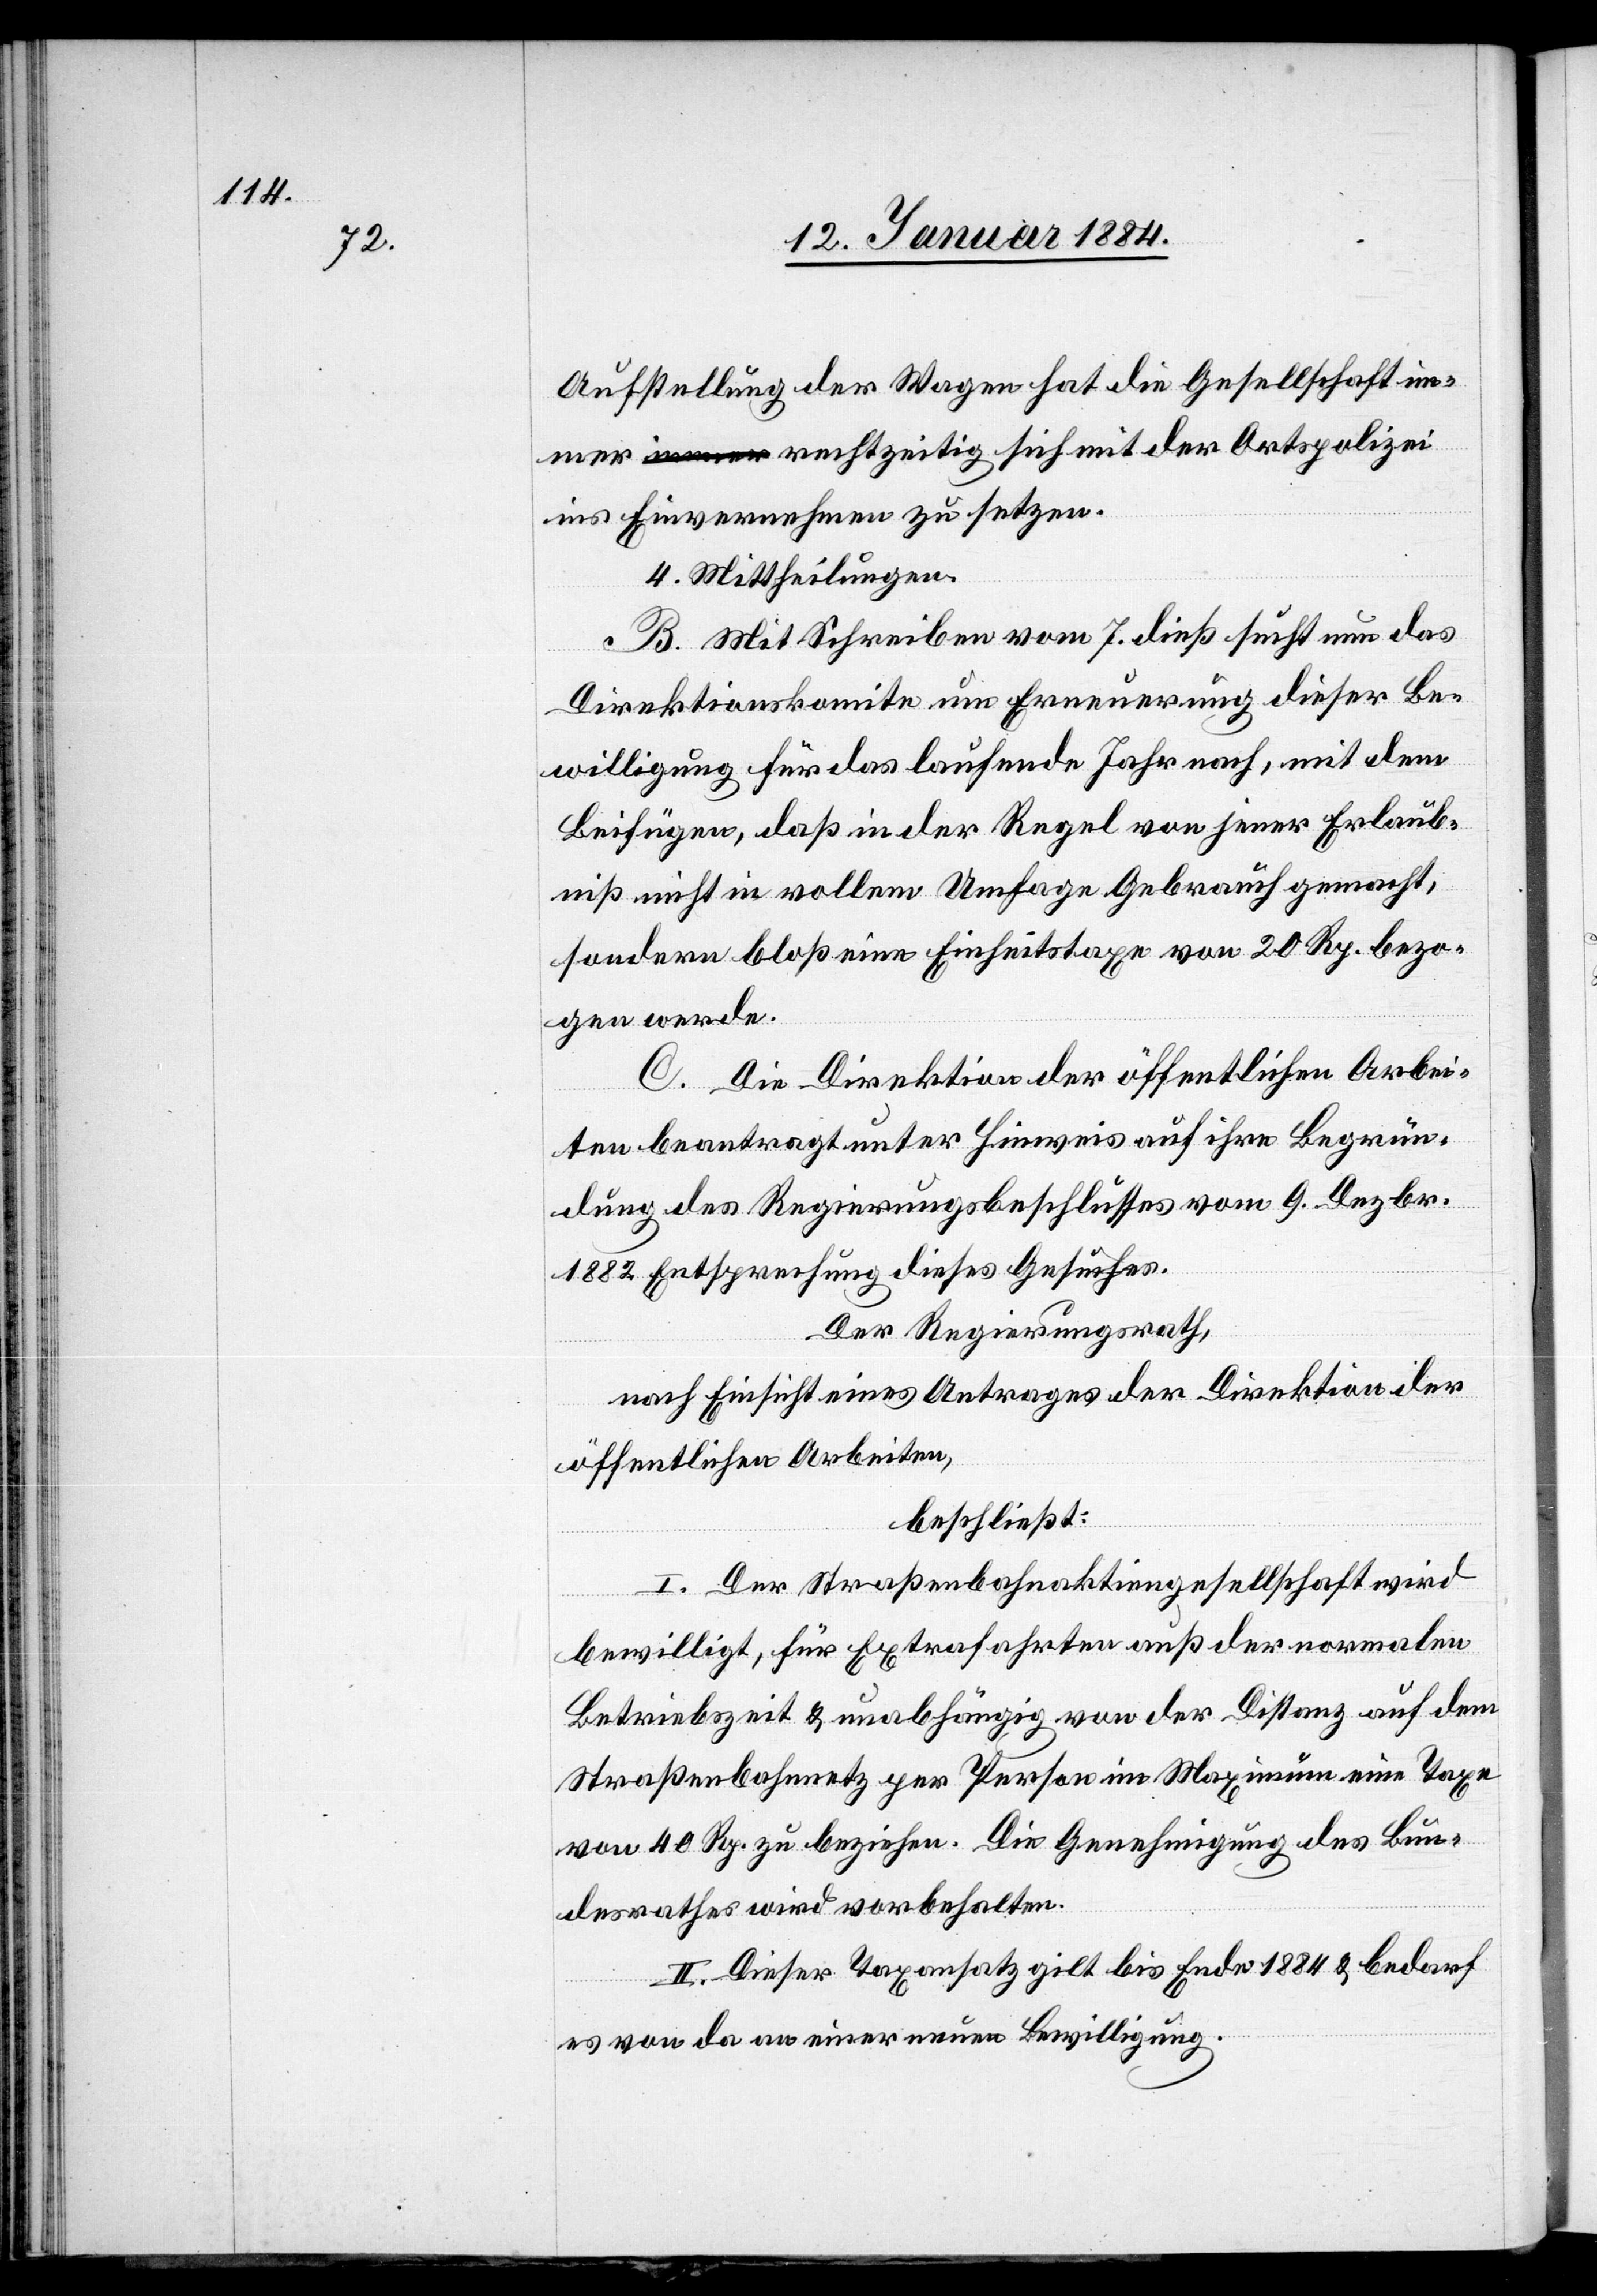
Aufstellung der Wagen hat die Gesellschaft im¬
mer rechtzeitig sich mit der Ortspolizei
ins Einvernehmen zu setzen.
4. Mittheilungen.
B. Mit Schreiben vom 7. dieß sucht nun das
Direktionskomite um Erneuerung dieser Be¬
willigung für das laufende Jahr nach, mit dem
Beifügen, daß in der Regel von jener Erlaub¬
niß nicht in vollem Umfange Gebrauch gemacht,
sondern bloß eine Einheitstaxe von 20 Rp. bezo¬
gen werde.
C. Die Direktion der öffentlichen Arbei¬
ten beantragt unter Hinweis auf ihre Begrün¬
dung des Regierungsbeschlusses vom 9. Dezbr.
1882 Entsprechung dieses Gesuches.
Der Regierungsrath,
nach Einsicht eines Antrages der Direktion der
öffentlichen Arbeiten,
beschließt:
I. Der Straßenbahnaktiengesellschaft wird
bewilligt, für Extrafahrten außer der normalen
Betriebszeit & unabhängig von der Distanz auf dem
Straßenbahnnetz per Person im Maximum eine Taxe
von 40 Rp. zu beziehen. Die Genehmigung des Bun¬
desrathes wird vorbehalten.
II. Dieser Taxenansatz gilt bis Ende 1884 & bedarf
es von da an einer neuen Bewilligung.